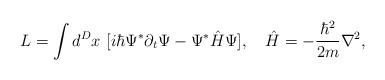
LaTeX: \begin{align*}L = \int d^Dx ~ [i\hbar \Psi^* \partial_t \Psi - \Psi^* \hat{H} \Psi],~~~\hat{H} = -\frac{\hbar^2 }{2m} \nabla^2,\end{align*}